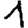
Digit: 1